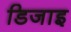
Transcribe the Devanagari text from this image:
डिजाइ